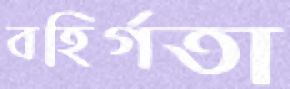
বহির্গতা